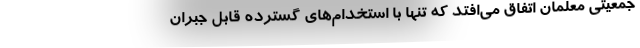
جمعیتی معلمان اتفاق می‌افتد که تنها با استخدام‌های گسترده قابل جبران